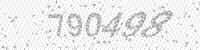
Solution: 790498